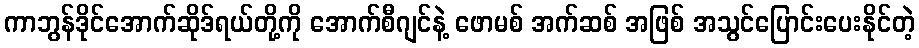
ကာဘွန်ဒိုင်အောက်ဆိုဒ်ရယ်တို့ကို အောက်စီဂျင်နဲ့ ဖောမစ် အက်ဆစ် အဖြစ် အသွင်ပြောင်းပေးနိုင်တဲ့